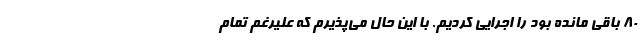
۸۰ باقی مانده بود را اجرایی کردیم. با این حال می‌پذیرم که علیرغم تمام